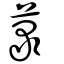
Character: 菉